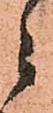
ニ